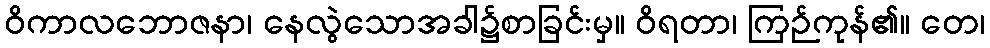
ဝိကာလဘောဇနာ၊ နေလွဲသောအခါ၌စာခြင်းမှ။ ဝိရတာ၊ ကြဉ်ကုန်၏။ တေ၊